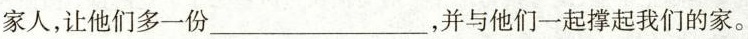
家人，让他们多一份___，并与他们一起撑起我们的家。